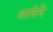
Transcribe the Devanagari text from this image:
मातेने